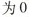
为0